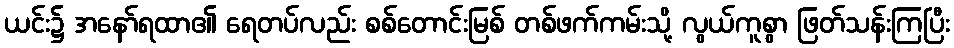
ယင်း၌ အနော်ရထာ၏ ရေတပ်လည်း စစ်တောင်းမြစ် တစ်ဖက်ကမ်းသို့ လွယ်ကူစွာ ဖြတ်သန်းကြပြီး